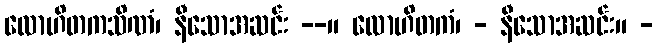
လောဟိတကသိဏံ၊ နီသောအဆင်း --။ လောဟိတကံ၊ - နီသောအဆင်း။ -